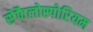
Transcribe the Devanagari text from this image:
सेफैलोस्पोरियम